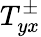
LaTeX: T_{yx}^{\pm}